Report of the Hyderabad Chloroform Commission
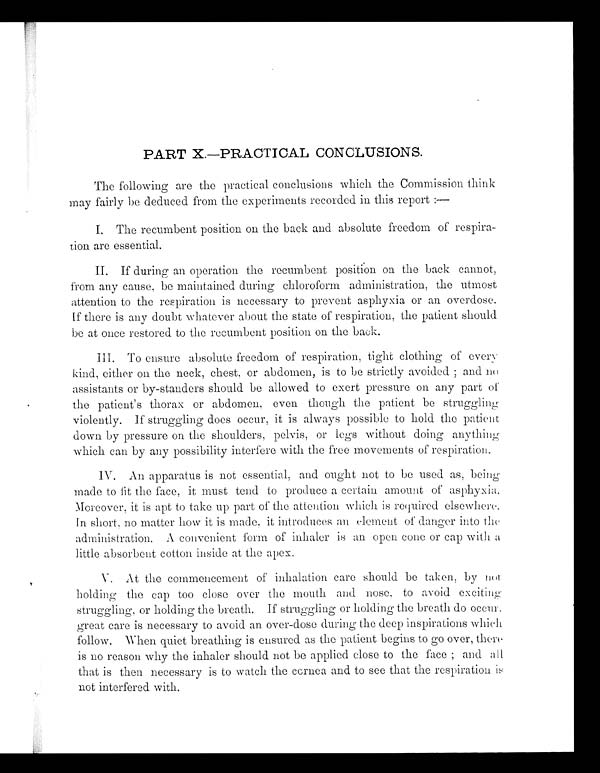
PART X.—PRACTICAL CONCLUSIONS.
The following are the practical conclusions which the Commission think
may fairly be deduced from the experiments recorded in this report :—
I. The recumbent position on the back and absolute freedom of respira--
tion are essential.
II. If during an operation the recumbent position on the back cannot,
from any cause, be maintained during chloroform administration, the utmost
attention to the respiration is necessary to prevent asphyxia or an overdose.
If there is any doubt whatever about the state of respiration, the patient should
be at once restored to the recumbent position on the back.
Ill. To ensure absolute freedom of respiration, tight clothing of every
kind, either on the neck, chest, or abdomen, is to be strictly avoided ; and n o
assistants or by-standers should be allowed to exert pressure on any part of
the patient's thorax or abdomen. even though the patient be struggling
violently. If struggling does occur, it is always possible to hold the patient
down by pressure on the shoulders, pelvis, or legs without doing anythin g
which can by any possibility interfere with the free movements of respiration.
IV. An apparatus is not essential, and ought not to be used as, being
made to fit the face, it must tend to produce a certain amount of asphyxia.
Moreover, it is apt to take up part of the attention which is required elsewhere.
In short, no matter how it is made, it introduces an element of danger into the
administration. A convenient form of inhaler is an open cone or cap with a
little absorbent cotton inside at the apex.
V. At the commencement of inhalation care should be taken, by not
holding the cap too close over the mouth and nose, to avoid exciting
struggling, or holding the breath. If struggling or holding the breath do occur
great care is necessary to avoid an over-dose during the deep inspirations which
follow. When quiet breathing is ensured as the patient begins to go over, there
is no reason why the inhaler should not be applied close to the face ; and all
that is then necessary is to watch the cornea and to see that the respiration is
not interfered with.